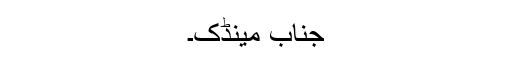
جناب مينڈک۔